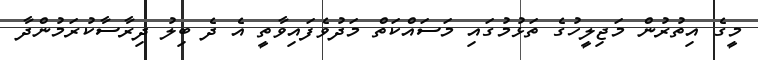
މީގެ އިތުރުން މަޖިލީހުގެ ތަޅުމުގައި މަސައްކަތް މަދުވެފައިވާތީ އެ ދެ ބިލު ދިރާސާކުރަމުންދާ